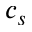
c _ { s }